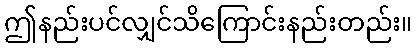
ဤနည်းပင်လျှင်သိကြောင်းနည်းတည်း။